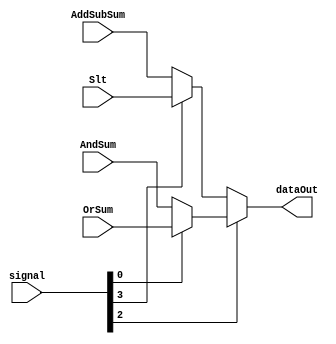
`timescale 1ns/1ns
module  MUX_ALU( signal, OrSum, AndSum, AddSubSum, Slt, dataOut );

input [5:0] signal ;
input OrSum, AndSum, AddSubSum, Slt ;
output dataOut ;

parameter AND = 6'b100100;
parameter OR  = 6'b100101;
parameter ADD = 6'b100000;
parameter SUB = 6'b100010;
parameter SLT = 6'b101010;

assign dataOut = ( signal[2] ) ? ( ( signal[0] ) ? OrSum : AndSum ) : ( ( signal[3] ) ? Slt : AddSubSum ) ;

endmodule